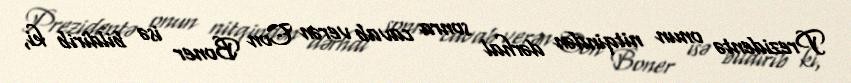
Prezidentə onun nitqindən dərhal sonra cavab verən Con Boner isə bildirib ki,